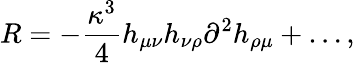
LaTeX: R=-\frac{\kappa^{3}}4h_{\mu\nu}h_{\nu\rho}\partial^{2}h_{\rho\mu}+\ldots,